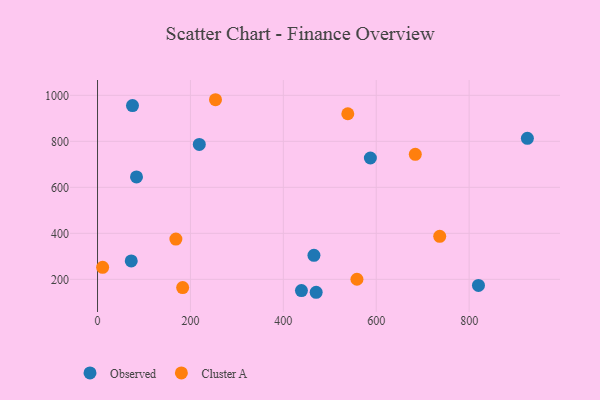
{"axis": {"x": "Experience", "y": "Salary"}, "legend": ["Cluster A", "Observed"], "data": [{"x": "587.4", "y": 727.5, "type": "Observed"}, {"x": "820.1", "y": 173.4, "type": "Observed"}, {"x": "439.0", "y": 151.2, "type": "Observed"}, {"x": "465.9", "y": 304.5, "type": "Observed"}, {"x": "83.9", "y": 645.2, "type": "Observed"}, {"x": "72.6", "y": 280.1, "type": "Observed"}, {"x": "75.3", "y": 955.5, "type": "Observed"}, {"x": "470.7", "y": 143.7, "type": "Observed"}, {"x": "219.1", "y": 786.5, "type": "Observed"}, {"x": "925.4", "y": 812.9, "type": "Observed"}, {"x": "11.0", "y": 252.2, "type": "Cluster A"}, {"x": "183.3", "y": 164.0, "type": "Cluster A"}, {"x": "538.8", "y": 920.0, "type": "Cluster A"}, {"x": "558.5", "y": 200.4, "type": "Cluster A"}, {"x": "736.7", "y": 386.8, "type": "Cluster A"}, {"x": "684.1", "y": 743.7, "type": "Cluster A"}, {"x": "168.7", "y": 374.9, "type": "Cluster A"}, {"x": "254.0", "y": 980.9, "type": "Cluster A"}]}